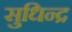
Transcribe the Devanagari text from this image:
सुधिन्द्र